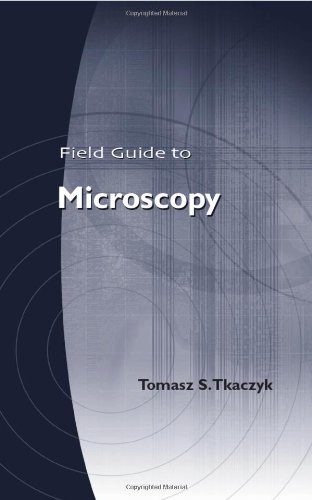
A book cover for Field Guide to Microscopy (SPIE Field Guide Vol. FG13); Tomasz S. Tkaczyk; Science & Math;